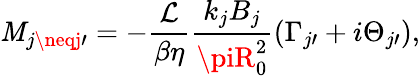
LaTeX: \mathit{M}_{j\neqj\prime}=-\frac{{\mathcal{{L}}}}{{\beta\eta}}\frac{{k_{j}B_{j}}}{{\piR_{0}^{2}}}(\Gamma_{j\prime}+i\Theta_{j\prime}),